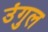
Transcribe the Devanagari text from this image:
उंगुल